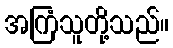
အကြံသူတို့သည်။